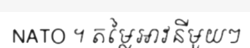
NATO ។ តម្លៃអាវនីមួយៗ